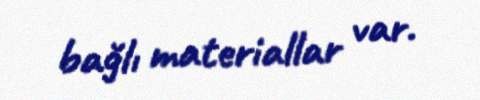
bağlı materiallar var.